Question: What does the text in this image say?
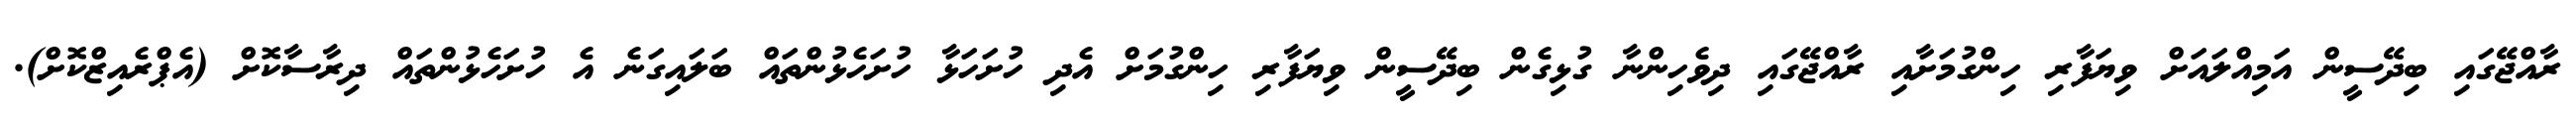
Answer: ރާއްޖޭގައި ބިދޭސީން އަމިއްލައަށް ވިޔަފާރި ހިންގުމަށާއި ރާއްޖޭގައި ދިވެހިންނާ ގުޅިގެން ބިދޭސީން ވިޔަފާރި ހިންގުމަށް އެދި ހުށަހަޅާ ހުށަހެޅުންތައް ބަލައިގަނެ އެ ހުށަހެޅުންތައް ދިރާސާކޮށް (އެޕްރެއިޒްކޮށް).